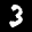
Label: 3